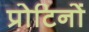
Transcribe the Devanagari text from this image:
प्रोटिनों